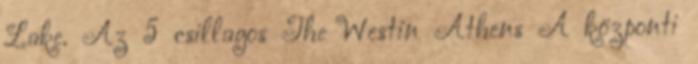
Lake. Az 5 csillagos The Westin Athens A központi